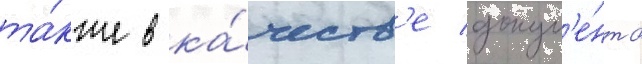
та́кже в ка́честв'е докум'е́нта